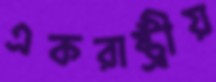
একরাষ্ট্রীয়